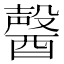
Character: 𨢤